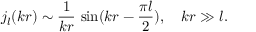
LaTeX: j _ { l } ( k r ) \sim \frac { 1 } { k r } \, \sin ( k r - \frac { \pi l } { 2 } ) , \quad k r \gg l .